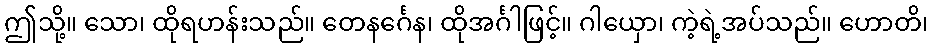
ဤသို့။ သော၊ ထိုရဟန်းသည်။ တေနင်္ဂေန၊ ထိုအင်္ဂါဖြင့်။ ဂါယှော၊ ကဲ့ရဲ့အပ်သည်။ ဟောတိ၊